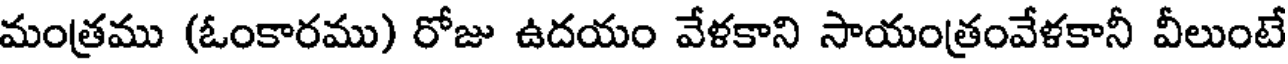
మంత్రము (ఓంకారము) రోజు ఉదయం వేళకాని సాయంత్రంవేళకానీ వీలుంటే